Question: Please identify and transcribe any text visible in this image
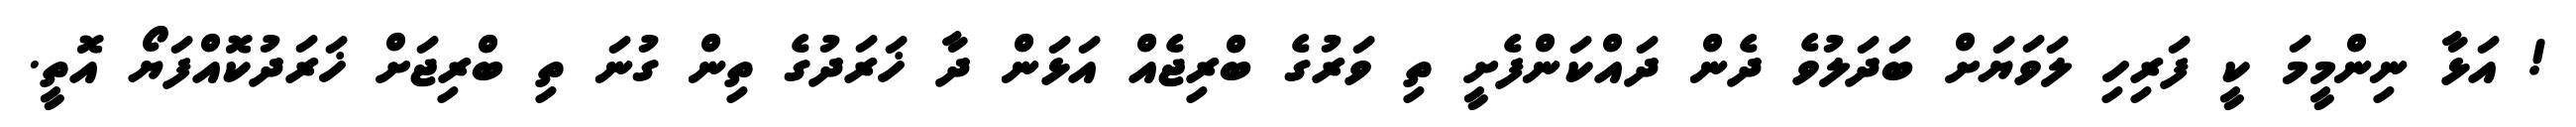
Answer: ! އަޅާ ނިންމީމަ ކީ ފަރިހި ލަވަޔަށް ބަދަލުވެ ދެން ދައްކަންފެށީ ތި ވަރުގެ ބްރިޖެއް އަޅަން ދާ ޚަރަދުގެ ތިން ގުނަ ތި ބްރިޖަށް ޚަރަދުކޮއްފަޔޯ އޮތީ.